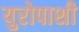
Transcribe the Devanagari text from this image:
युरोपाशी